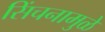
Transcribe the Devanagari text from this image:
सिंचनामुळे